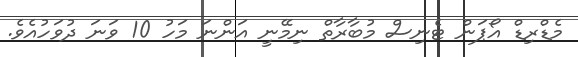
މެޑްރިޑް އޯޕަން ޓެނިސް މުބާރާތް ނިމޭނީ އަންނަ މަހު 10 ވަނަ ދުވަހުއެވެ.